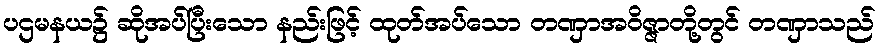
ပဌမနယ၌ ဆိုအပ်ပြီးသော နည်းဖြင့် ထုတ်အပ်သော တဏှာအဝိဇ္ဇာတို့တွင် တဏှာသည်